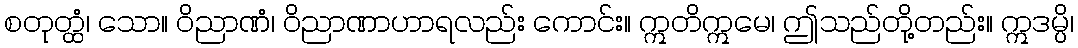
စတုတ္ထံ၊ သော။ ဝိညာဏံ၊ ဝိညာဏာဟာရလည်း ကောင်း။ ဣတိဣမေ၊ ဤသည်တို့တည်း။ ဣဒမ္ပိ၊